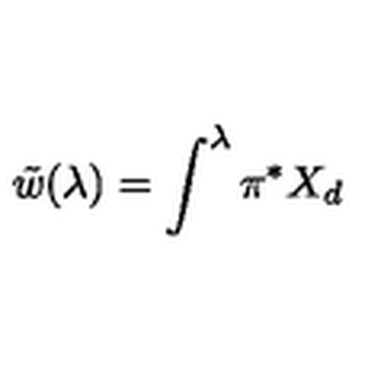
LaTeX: \tilde { w } ( \lambda ) = \int ^ { \lambda } \pi ^ { * } X _ { d }